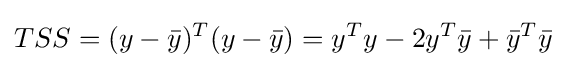
TSS=(y-{\bar {y}})^{T}(y-{\bar {y}})=y^{T}y-2y^{T}{\bar {y}}+{\bar {y}}^{T}{\bar {y}}